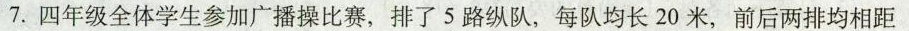
7.四年级全体学生参加广播操比赛，排了5路纵队，每队均长20米，前后两排均相距